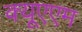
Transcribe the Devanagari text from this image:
क्यूएएम